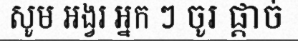
សូម អង្វរ អ្នក ៗ ចូរ ផ្តាច់